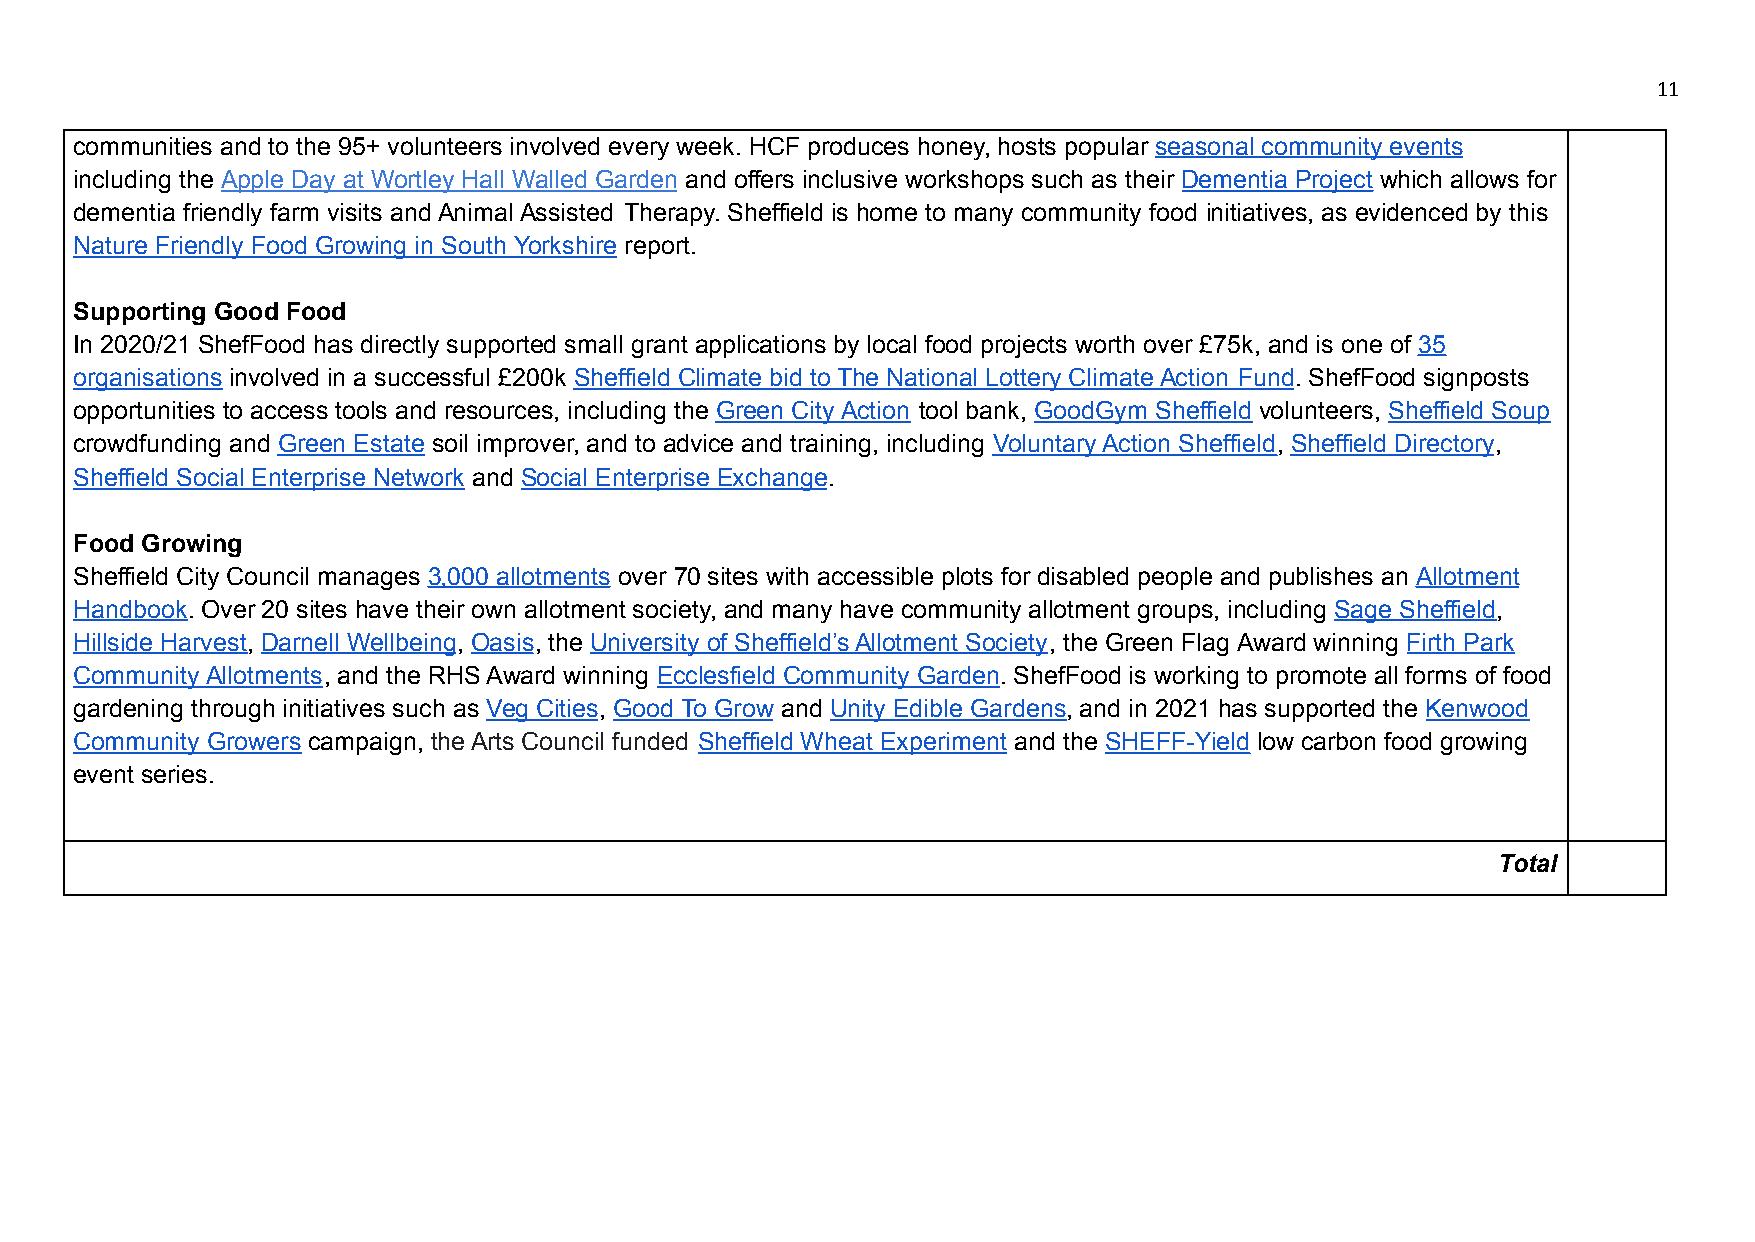
11
 communities and to the 95+ volunteers involved every week. HCF produces honey, hosts popular seasonal community events
 including the Apple Day at Wortley Hall Walled Garden and offers inclusive workshops such as their Dementia Project which allows for
 dementia friendly farm visits and Animal Assisted Therapy. Sheffield is home to many community food initiatives, as evidenced by this
 Nature Friendly Food Growing in South Yorkshire report.
 Supporting Good Food
 In 2020/21 ShefFood has directly supported small grant applications by local food projects worth over £75k, and is one of 35
 organisations involved in a successful £200k Sheffield Climate bid to The National Lottery Climate Action Fund. ShefFood signposts
 opportunities to access tools and resources, including the Green City Action tool bank, GoodGym Sheffield volunteers, Sheffield Soup
 crowdfunding and Green Estate soil improver, and to advice and training, including Voluntary Action Sheffield, Sheffield Directory,
 Sheffield Social Enterprise Network and Social Enterprise Exchange.
 Food Growing
 Sheffield City Council manages 3,000 allotments over 70 sites with accessible plots for disabled people and publishes an Allotment
 Handbook. Over 20 sites have their own allotment society, and many have community allotment groups, including Sage Sheffield,
 Hillside Harvest, Darnell Wellbeing, Oasis, the University of Sheffield’s Allotment Society, the Green Flag Award winning Firth Park
 Community Allotments, and the RHS Award winning Ecclesfield Community Garden. ShefFood is working to promote all forms of food
 gardening through initiatives such as Veg Cities, Good To Grow and Unity Edible Gardens, and in 2021 has supported the Kenwood
 Community Growers campaign, the Arts Council funded Sheffield Wheat Experiment and the SHEFF-Yield low carbon food growing
 event series.
 Total